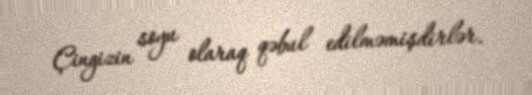
Çingizin soyu olaraq qəbul edilməmişdirlər.